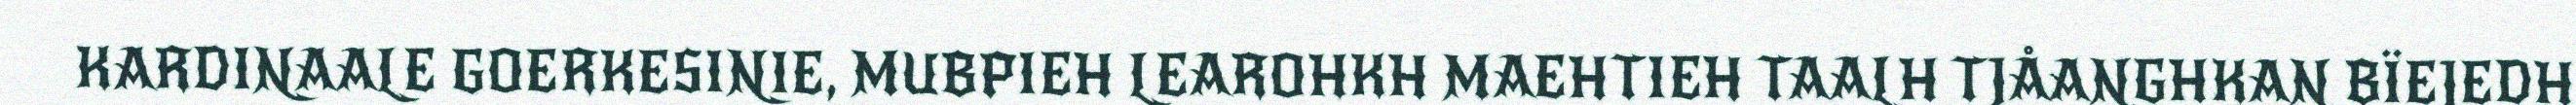
KARDINAALE GOERKESINIE, MUBPIEH LEAROHKH MAEHTIEH TAALH TJÅANGHKAN BÏEJEDH